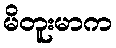
မိတူးမာက